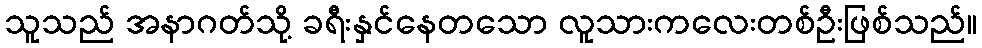
သူသည် အနာဂတ်သို့ ခရီးနှင်နေတသော လူသားကလေးတစ်ဦးဖြစ်သည်။